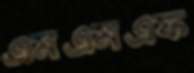
এমএমএফ